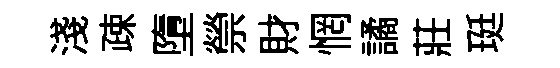
淺疎墮禜財惘譎莊珽